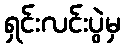
ရှင်းလင်းပွဲမှ